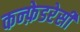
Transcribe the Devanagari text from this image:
कन्फ़ेडरेसी